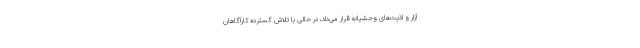
آزار و اذیت‌های وحشیانه قرار می‌داد، در حالی با تلاش گسترده کارآگاهان